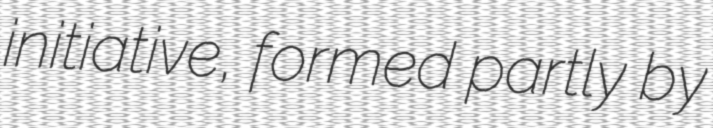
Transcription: initiative, formed partly by